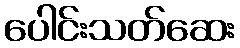
ပေါင်းသတ်ဆေး